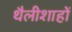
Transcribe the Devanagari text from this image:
थैलीशाहों